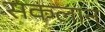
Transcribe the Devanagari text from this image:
सकलान्